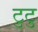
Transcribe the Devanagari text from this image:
टुटु